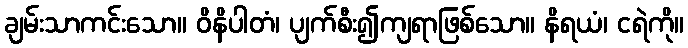
ချမ်းသာကင်းသော။ ဝိနိပါတံ၊ ပျက်စီး၍ကျရာဖြစ်သော။ နိရယံ၊ ငရဲကို။